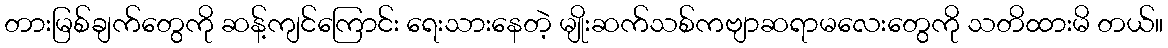
တားမြစ်ချက်တွေကို ဆန့်ကျင်ကြောင်း ရေးသားနေတဲ့ မျိုးဆက်သစ်ကဗျာဆရာမလေးတွေကို သတိထားမိ တယ်။